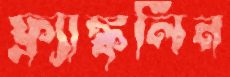
ফ্র্যাঙ্কলিন